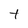
Character: t